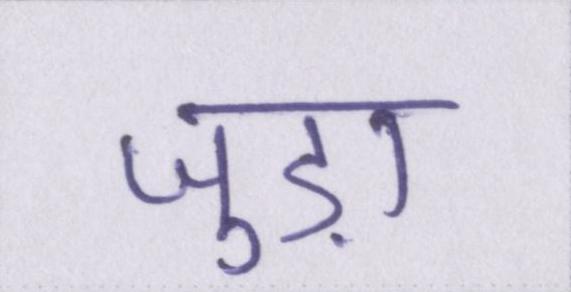
जुड़ा